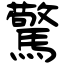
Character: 驚